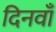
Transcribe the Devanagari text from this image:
दिनवाँ